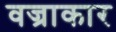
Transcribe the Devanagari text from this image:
वज्राकार